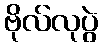
ဗိုလ်လုပွဲ